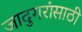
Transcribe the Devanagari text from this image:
जादुगरांसाठी